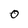
Character: O